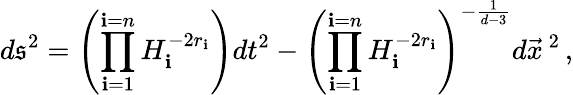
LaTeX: d\mathfrak{s}^{2}=\left(\prod_{\mathbf{i}=1}^{\mathbf{i}=n}H_{\mathbf{i}}^{-2r_{\mathbf{i}}}\right)dt^{2}-\left(\prod_{\mathbf{i}=1}^{\mathbf{i}=n}H_{\mathbf{i}}^{-2r_{\mathbf{i}}}\right)^{-\frac{{1}}{{d-3}}}d\vec{{x}}^{\ 2}\, ,